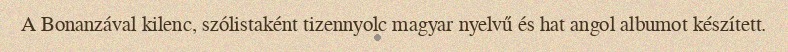
A Bonanzával kilenc, szólistaként tizennyolc magyar nyelvű és hat angol albumot készített.